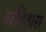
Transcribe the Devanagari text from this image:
संहितास